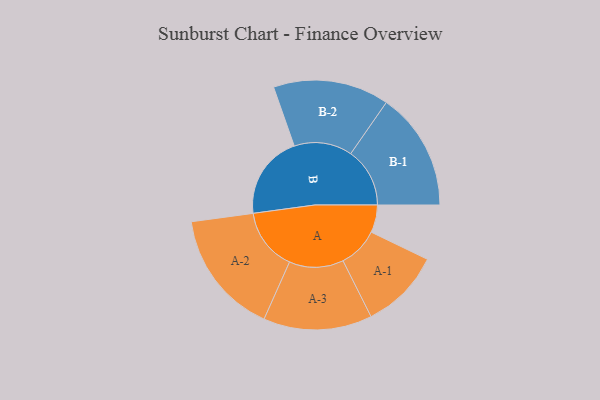
{"axis": {"x": "Segment", "y": "Value"}, "legend": ["", "A", "B"], "data": [{"x": "A", "y": 127, "type": ""}, {"x": "B", "y": 386, "type": ""}, {"x": "A-1", "y": 185, "type": "A"}, {"x": "A-2", "y": 287, "type": "A"}, {"x": "A-3", "y": 250, "type": "A"}, {"x": "B-1", "y": 272, "type": "B"}, {"x": "B-2", "y": 267, "type": "B"}]}